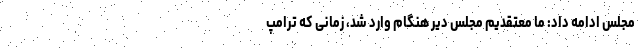
مجلس ادامه داد: ما معتقدیم مجلس دیر هنگام وارد شد، زمانی که ترامپ